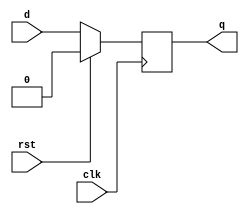
`timescale 1ns / 1ps

module d_ff (
  input clk,    
  input d,      
  input rst,    
  output reg q);

  always @(posedge clk) 
  begin
    if (rst)
      q <= 1'b0;
    else
      q <= d;
  end

endmodule